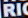
RIC